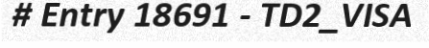
# Entry 18691 - TD2_VISA